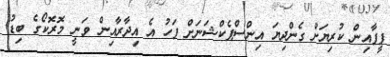
ފީފާއިން ކުރިޔަށް ގެންދިޔަ އިންސްޕެކްޝަނަށް ފަހު އެ އިދާރާއިން ވަނީ މޮރޮކޯގެ ބިޑު